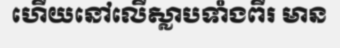
ហើយនៅលើស្លាបទាំងពីរ មាន